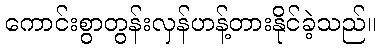
ကောင်းစွာတွန်းလှန်ဟန့်တားနိုင်ခဲ့သည်။